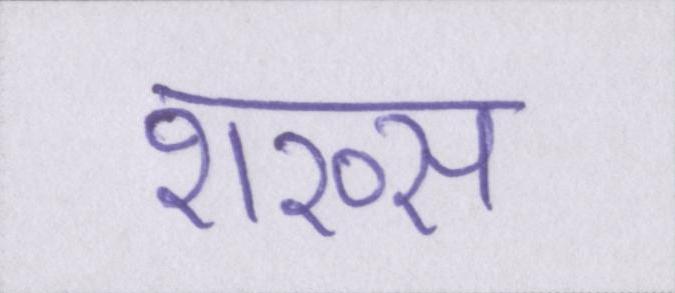
शख्स